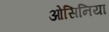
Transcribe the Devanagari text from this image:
ओसिनिया